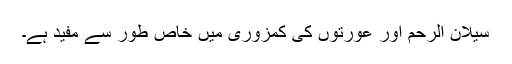
سیلان الرَّحم اور عورتوں کی کمزوری میں خاص طور سے مفید ہے۔